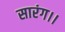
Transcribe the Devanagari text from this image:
सारंग।।